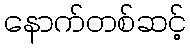
နောက်တစ်ဆင့်